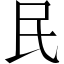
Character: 民